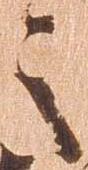
之